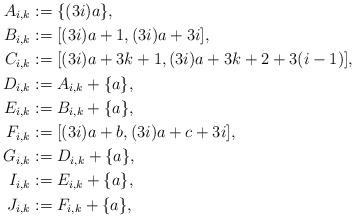
LaTeX: \begin{align*}A_{i,k} & := \{(3i) a \},\\B_{i,k} & := [(3i) a + 1, (3i) a + 3i],\\C_{i,k} & := [(3i) a + 3k+1, (3i) a + 3k+2 + 3 (i-1)],\\D_{i,k} & := A_{i,k} + \{ a \},\\E_{i,k} & := B_{i,k} + \{ a \},\\F_{i,k} & := [(3i) a + b, (3i) a + c + 3 i],\\ G_{i,k} & := D_{i,k} + \{ a \},\\I_{i,k} & := E_{i,k} + \{ a \},\\J_{i,k} & := F_{i,k} + \{ a \},\end{align*}